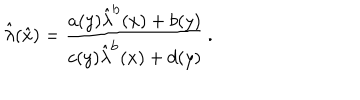
\hat { \lambda } ( \hat { x } ) = \frac { a ( y ) \hat { \lambda } ^ { \mathrm { b } } ( x ) + b ( y ) } { c ( y ) \hat { \lambda } ^ { \mathrm { b } } ( x ) + d ( y ) } \, .